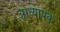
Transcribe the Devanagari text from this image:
आध्यापक